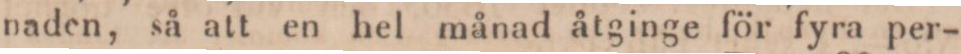
naden, så att en hel månad åtginge för fyra per-